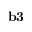
{ \bf b 3 }